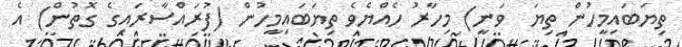
ތިޔަބައިމީހުން ތިޔަ  ވަނީ) މިހާރު ހެއްޔެވެ ތިޔަބައިމީހުން (ފުރައްސާރައިގެ ގޮތުން) އެ